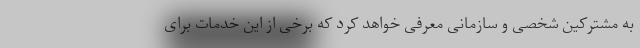
به مشترکین شخصی و سازمانی معرفی خواهد کرد که برخی از این خدمات برای